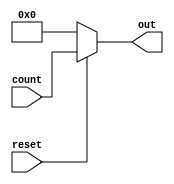
module reset_unit(count, reset, out);
	input [7:0]count;
	input reset;
	output reg [7:0]out;
	
	always@(reset)
	begin
		if (!reset)
			out = 8'd0;
		else
			out = count;
	end
endmodule